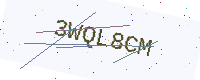
Text: 3WQL8CM